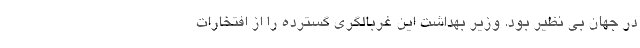
در جهان بی نظیر بود. وزیر بهداشت این غربالگری گسترده را از افتخارات